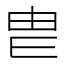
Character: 𤰣